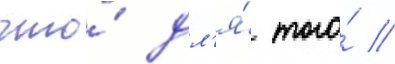
что́ дл'я́ того́ /